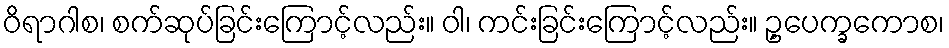
ဝိရာဂါစ၊ စက်ဆုပ်ခြင်းကြောင့်လည်း။ ဝါ၊ ကင်းခြင်းကြောင့်လည်း။ ဥ့ပေက္ခကောစ၊